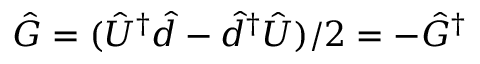
\hat { G } = ( \hat { U } ^ { \dag } \hat { d } - \hat { d } ^ { \dag } \hat { U } ) / 2 = - \hat { G } ^ { \dag }